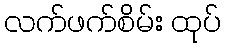
လက်ဖက်စိမ်း ထုပ်